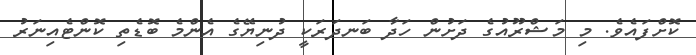
ކޮށްފައެވެ. މި މަޝްރޫއުގެ ދަށުން ހަދާ ބަނދަރަކީ ދުނިޔޭގެ އެންމެ ބޮޑެތި ކޮންޓެއިނަރު